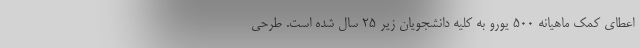
اعطای کمک ماهیانه ۵۰۰ یورو به کلیه دانشجویان زیر ۲۵ سال شده است. طرحی